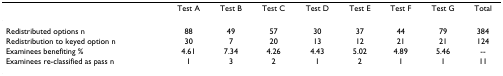
<table><thead><tr><td></td><td><b>Test A</b></td><td><b>Test B</b></td><td><b>Test C</b></td><td><b>Test D</b></td><td><b>Test E</b></td><td><b>Test F</b></td><td><b>Test G</b></td><td><b>Total</b></td></tr></thead><tbody><tr><td>Redistributed options n</td><td>88</td><td>49</td><td>57</td><td>30</td><td>37</td><td>44</td><td>79</td><td>384</td></tr><tr><td>Redistribution to keyed option n</td><td>30</td><td>7</td><td>20</td><td>13</td><td>12</td><td>21</td><td>21</td><td>124</td></tr><tr><td>Examinees benefiting %</td><td>4.61</td><td>7.34</td><td>4.26</td><td>4.43</td><td>5.02</td><td>4.89</td><td>5.46</td><td>--</td></tr><tr><td>Examinees re-classified as pass n</td><td>1</td><td>3</td><td>2</td><td>1</td><td>2</td><td>1</td><td>1</td><td>11</td></tr></tbody></table>